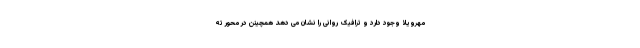
مهرویلا وجود دارد و ترافیک روانی را نشان می دهد همچینن در محور ته